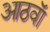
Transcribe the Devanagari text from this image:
आठवाॅ